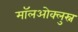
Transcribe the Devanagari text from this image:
मॉलओक्लुस्न